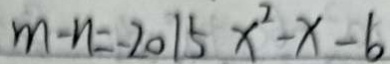
m - n = - 2 0 1 5 x ^ { 2 } - x - b